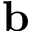
\mathbf { b }